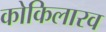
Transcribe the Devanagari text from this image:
कोकिलारव